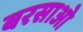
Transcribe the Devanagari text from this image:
बरसाओ